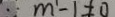
m ^ { 1 } - 1 \pm 0